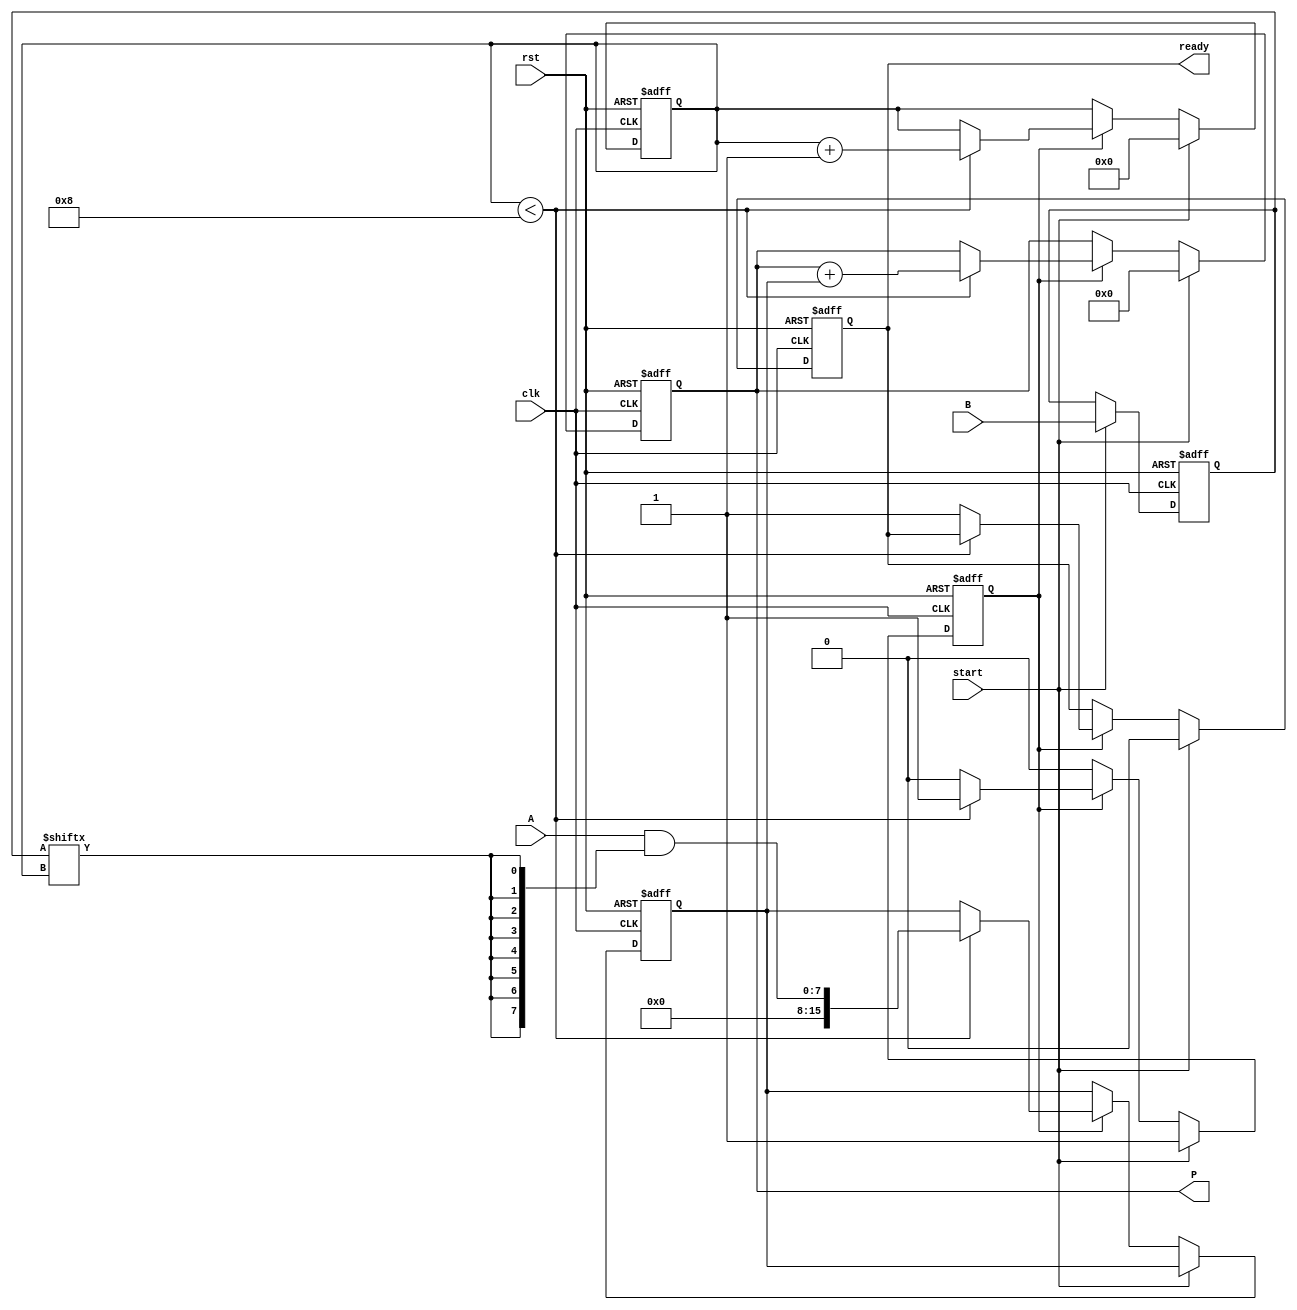
module PartialProductAccumulator #(
    parameter A_WIDTH = 8, // Width of the multiplicand
    parameter B_WIDTH = 8  // Width of the multiplier
)(
    input wire [A_WIDTH-1:0] A,         // Multiplicand
    input wire [B_WIDTH-1:0] B,         // Multiplier
    input wire clk,                      // Clock signal
    input wire rst,                      // Reset signal
    input wire start,                    // Start signal
    output reg [(A_WIDTH + B_WIDTH - 1):0] P, // Product
    output reg ready                     // Ready signal
);

    reg [B_WIDTH-1:0] multiplier;        // Register to store the current multiplier value
    reg [(A_WIDTH + B_WIDTH - 1):0] partial_product; // Current partial product
    reg [3:0] count;                     // Counter for the number of bits processed
    reg accumulating;                    // Flag for accumulating the result

    always @(posedge clk or posedge rst) begin
        if (rst) begin
            P <= 0;
            multiplier <= 0;
            partial_product <= 0;
            count <= 0;
            ready <= 0;
            accumulating <= 0;
        end else if (start) begin
            // Initialize for a new multiplication
            multiplier <= B;
            P <= 0;
            count <= 0;
            ready <= 0;
            accumulating <= 1;
        end else if (accumulating) begin
            if (count < B_WIDTH) begin
                // Generate partial product for the current bit of the multiplier
                partial_product <= A & {A_WIDTH{multiplier[count]}};
                
                // Accumulate the partial product
                P <= P + partial_product;
                
                // Increment count
                count <= count + 1;
            end else begin
                // Finished processing all bits of the multiplier
                accumulating <= 0;
                ready <= 1; // Indicate that multiplication is complete
            end
        end
    end
endmodule